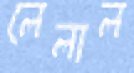
লেলাল